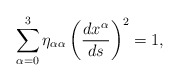
\begin{align*}\sum_{\alpha = 0}^{3} \eta_{\alpha \alpha }\left( \frac{dx^{\alpha }}{ds} \right)^{2} = 1,\end{align*}